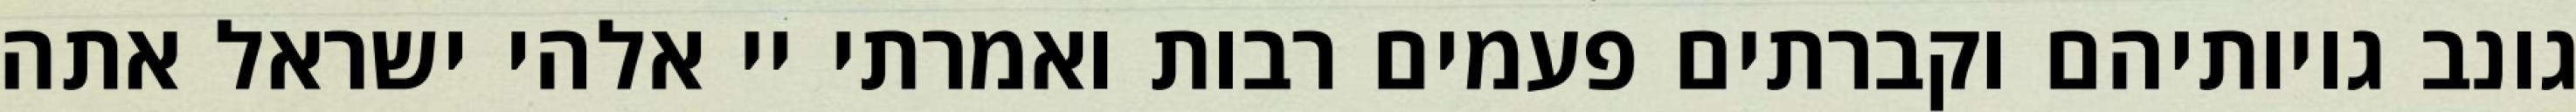
גונב גויותיהם וקברתים פעמים רבות ואמרתי יי אלהי ישראל אתה